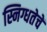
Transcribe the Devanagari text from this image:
स्निग्धतेचें